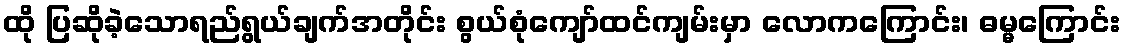
ထို ပြဆိုခဲ့သောရည်ရွယ်ချက်အတိုင်း စွယ်စုံကျော်ထင်ကျမ်းမှာ လောကကြောင်း၊ ဓမ္မကြောင်း